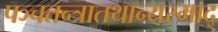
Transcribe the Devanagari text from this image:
पञ्चतन्त्रातथान्यस्माद्